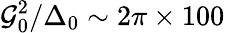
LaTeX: \mathcal{G}_{0}^{2}/\Delta_{0}\sim 2\pi\times 100